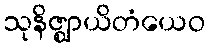
သုနိဇ္ဈာယိတံယေဝ